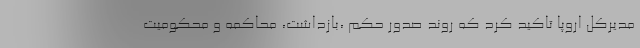
مدیرکل اروپا تاکید کرد که روند صدور حکم ،بازداشت، محاکمه و محکومیت